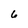
Character: 6